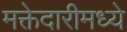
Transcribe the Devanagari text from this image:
मक्तेदारीमध्ये